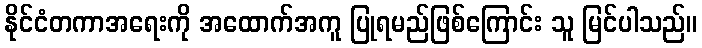
နိုင်ငံတကာအရေးကို အထောက်အကူ ပြုရမည်ဖြစ်ကြောင်း သူ မြင်ပါသည်။